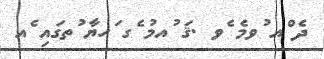
ދެ ްއ ުވމެ ެވ .ޤަ ުއމު ެގ ަހޔާ ުތގައި ެއ